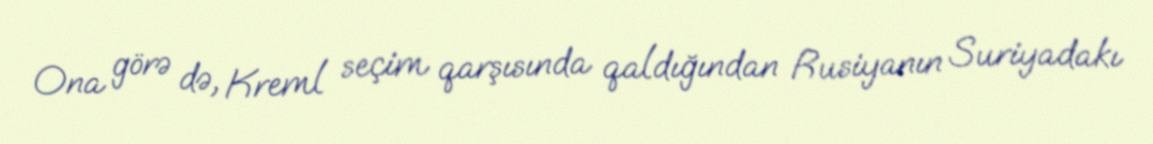
Ona görə də, Kreml seçim qarşısında qaldığından Rusiyanın Suriyadakı